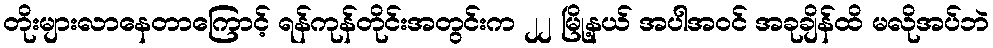
တိုးများလာနေတာကြောင့် ရန်ကုန်တိုင်းအတွင်းက ၂၂ မြို့နယ် အပါအဝင် အခုချိန်ထိ မလိုအပ်ဘဲ